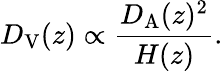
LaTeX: D_{\mathrm{V}}(z)\propto\frac{D_{\mathrm{A}}(z)^{2}}{H(z)}.